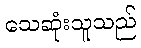
သေဆုံးသူသည်